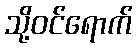
သို့ဝင်ရောက်